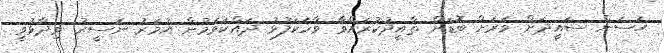
ޙަސަން ސައީދަށް ވަރަށް ބޮޑަށް ތާއީދުކުރައްވާ ވާހަކަފުޅު ދައްކަވަމުން އުމަރު ނަސީރު ވިދާޅުވީ